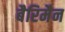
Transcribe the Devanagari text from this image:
बैरिमैन